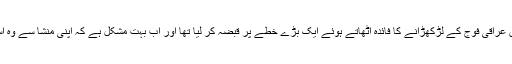
کردوں نے 2014 میں عراقی فوج کے لڑکھڑانے کا فائدہ اٹھاتے ہوئے ایک بڑے خطے پر قبضہ کر لیا تھا اور اب بہت مشکل ہے کہ اپنی منشا سے وہ اسے واپس کر دیں گے۔